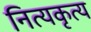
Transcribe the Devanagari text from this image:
नित्यकृत्य